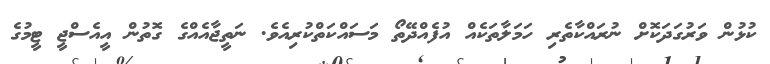
ކުޅުން ވަރުގަދަކޮށް ނުރައްކާތެރި ހަމަލާތަކެއް އުފެއްދޭތޯ މަސައްކަތްކުރިއެވެ. ނަތީޖާއެއްގެ ގޮތުން އީއެސްޖީ ޓީމުގެ